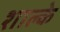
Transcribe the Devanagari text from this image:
शाल्के